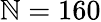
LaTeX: \mathbb{N}=160